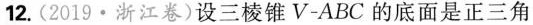
12. (2019 \bullet 浙江卷) 设三棱锥V-ABC的底面是正三角